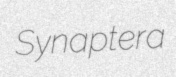
Synaptera